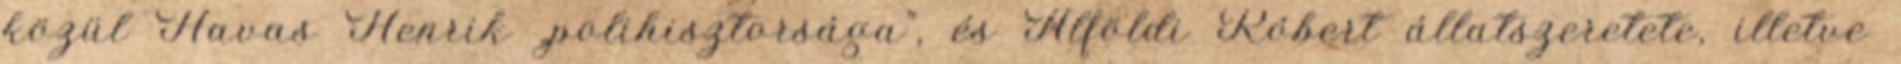
közül Havas Henrik „polihisztorsága”, és Alföldi Róbert állatszeretete, illetve